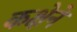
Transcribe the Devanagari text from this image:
कक्षेने